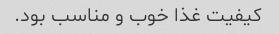
کیفیت غذا خوب و مناسب بود.